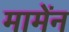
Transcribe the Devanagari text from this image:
मामेंन